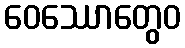
ဝေဿောတွေဝ